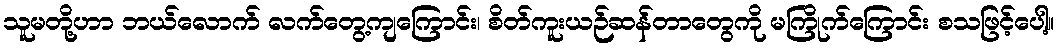
သူမတို့ဟာ ဘယ်လောက် လက်တွေ့ကျကြောင်း၊ စိတ်ကူးယဉ်ဆန်တာတွေကို မကြိုက်ကြောင်း စသဖြင့်ပေါ့။